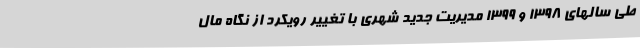
طی سالهای ۱۳۹۸ و ۱۳۹۹ مدیریت جدید شهری با تغییر رویکرد از نگاه مال